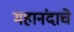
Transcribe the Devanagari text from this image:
महानंदाचे